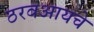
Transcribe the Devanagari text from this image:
ठरवआयचे